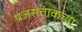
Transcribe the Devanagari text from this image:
प्रजसत्ताकच्या